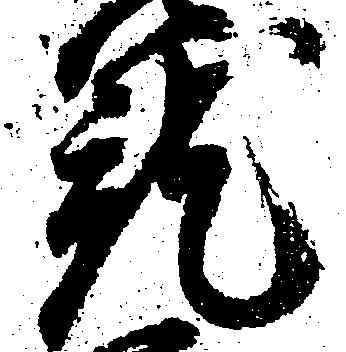
就